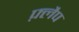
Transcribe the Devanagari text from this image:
फ़्लैप